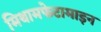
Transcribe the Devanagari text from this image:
मिथामफेटामाइन